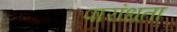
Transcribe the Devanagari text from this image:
पारांधता